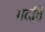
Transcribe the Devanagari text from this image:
गदति